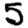
Digit: 5